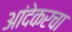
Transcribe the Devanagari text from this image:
आंदेकरचा